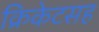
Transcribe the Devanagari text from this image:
क्रिकेटसह